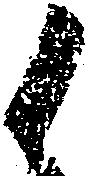
候